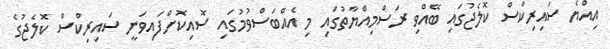
އިއްޔެ ސައިރިކްސް ކޮލެޖުގައި ބޭއްވި ރަސްމިއްޔާތުގައި މި އެއްބަސްވުމުގައި ސޮއިކޮށްފައިވަނީ ސައިރިކްސް ކޮލެޖުގެ